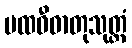
ပထဝီဓာတုသုတ္တံ